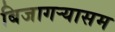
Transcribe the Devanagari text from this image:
बिजागऱ्यासम